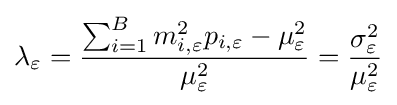
\lambda _{\varepsilon }={\frac {\sum _{i=1}^{B}{m_{i,\varepsilon }^{2}p_{i,\varepsilon }-\mu _{\varepsilon }^{2}}}{\mu _{\varepsilon }^{2}}}={\frac {\sigma _{\varepsilon }^{2}}{\mu _{\varepsilon }^{2}}}